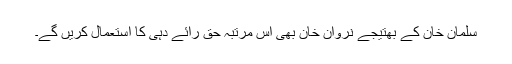
سلمان خان کے بھتیجے نروان خان بھی اس مرتبہ حق رائے دہی کا استعمال کریں گے۔